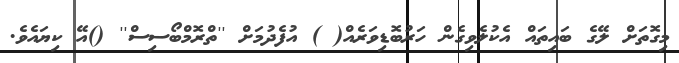
މިގޮތަށް ލޭގެ ބައިތައް އެކުލެވިގެން ހަރުބޮޑިވަރެއް( ) އުފެދުމަށް ''ތްރޮމްބޯސިސް'' ()އޭ ކިޔައެވެ.